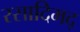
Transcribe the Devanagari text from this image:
रसादिमद्